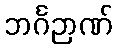
ဘင်္ဂဉာဏ်